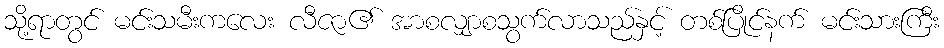
သို့ရာတွင် မင်းသမီးကလေး လီဇာ၏ အာစလျှာစသွက်လာသည်နှင့် တစ်ပြိုင်နက် မင်းသားကြီး